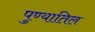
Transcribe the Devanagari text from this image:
पुण्यातिल